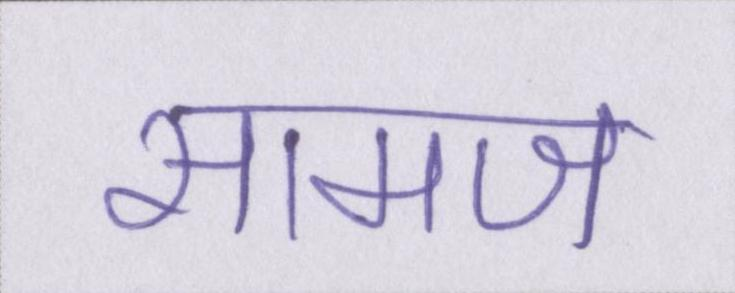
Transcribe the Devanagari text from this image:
सामज